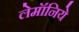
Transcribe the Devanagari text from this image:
लेमॉनिये